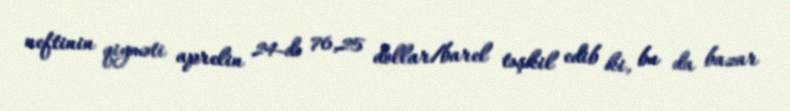
neftinin qiyməti aprelin 24-də 76,25 dollar/barel təşkil edib ki, bu da bazar